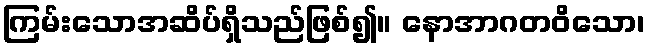
ကြမ်းသောအဆိပ်ရှိသည်ဖြစ်၍။ နောအာဂတဝိသော၊